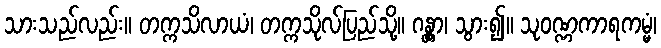
သားသည်လည်း။ တက္ကသိလာယံ၊ တက္ကသိုလ်ပြည်သို့။ ဂန္တွာ၊ သွား၍။ သုဝဏ္ဏကာရကမ္မံ၊